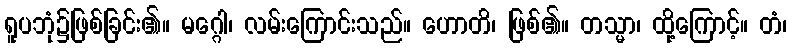
ရူပဘုံ၌ဖြစ်ခြင်း၏။ မဂ္ဂေါ၊ လမ်းကြောင်းသည်။ ဟောတိ၊ ဖြစ်၏။ တသ္မာ၊ ထို့ကြောင့်။ တံ၊